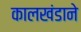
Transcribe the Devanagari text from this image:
कालखंडाने